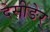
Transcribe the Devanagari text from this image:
देसीङेर्